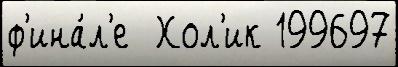
ф'ина́л'е  Хол'ик 199697